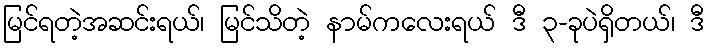
မြင်ရတဲ့အဆင်းရယ်၊ မြင်သိတဲ့ နာမ်ကလေးရယ် ဒီ ၃-ခုပဲရှိတယ်၊ ဒီ